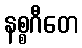
နစ္စဂီတေ